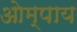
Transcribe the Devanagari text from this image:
ओम्पाय